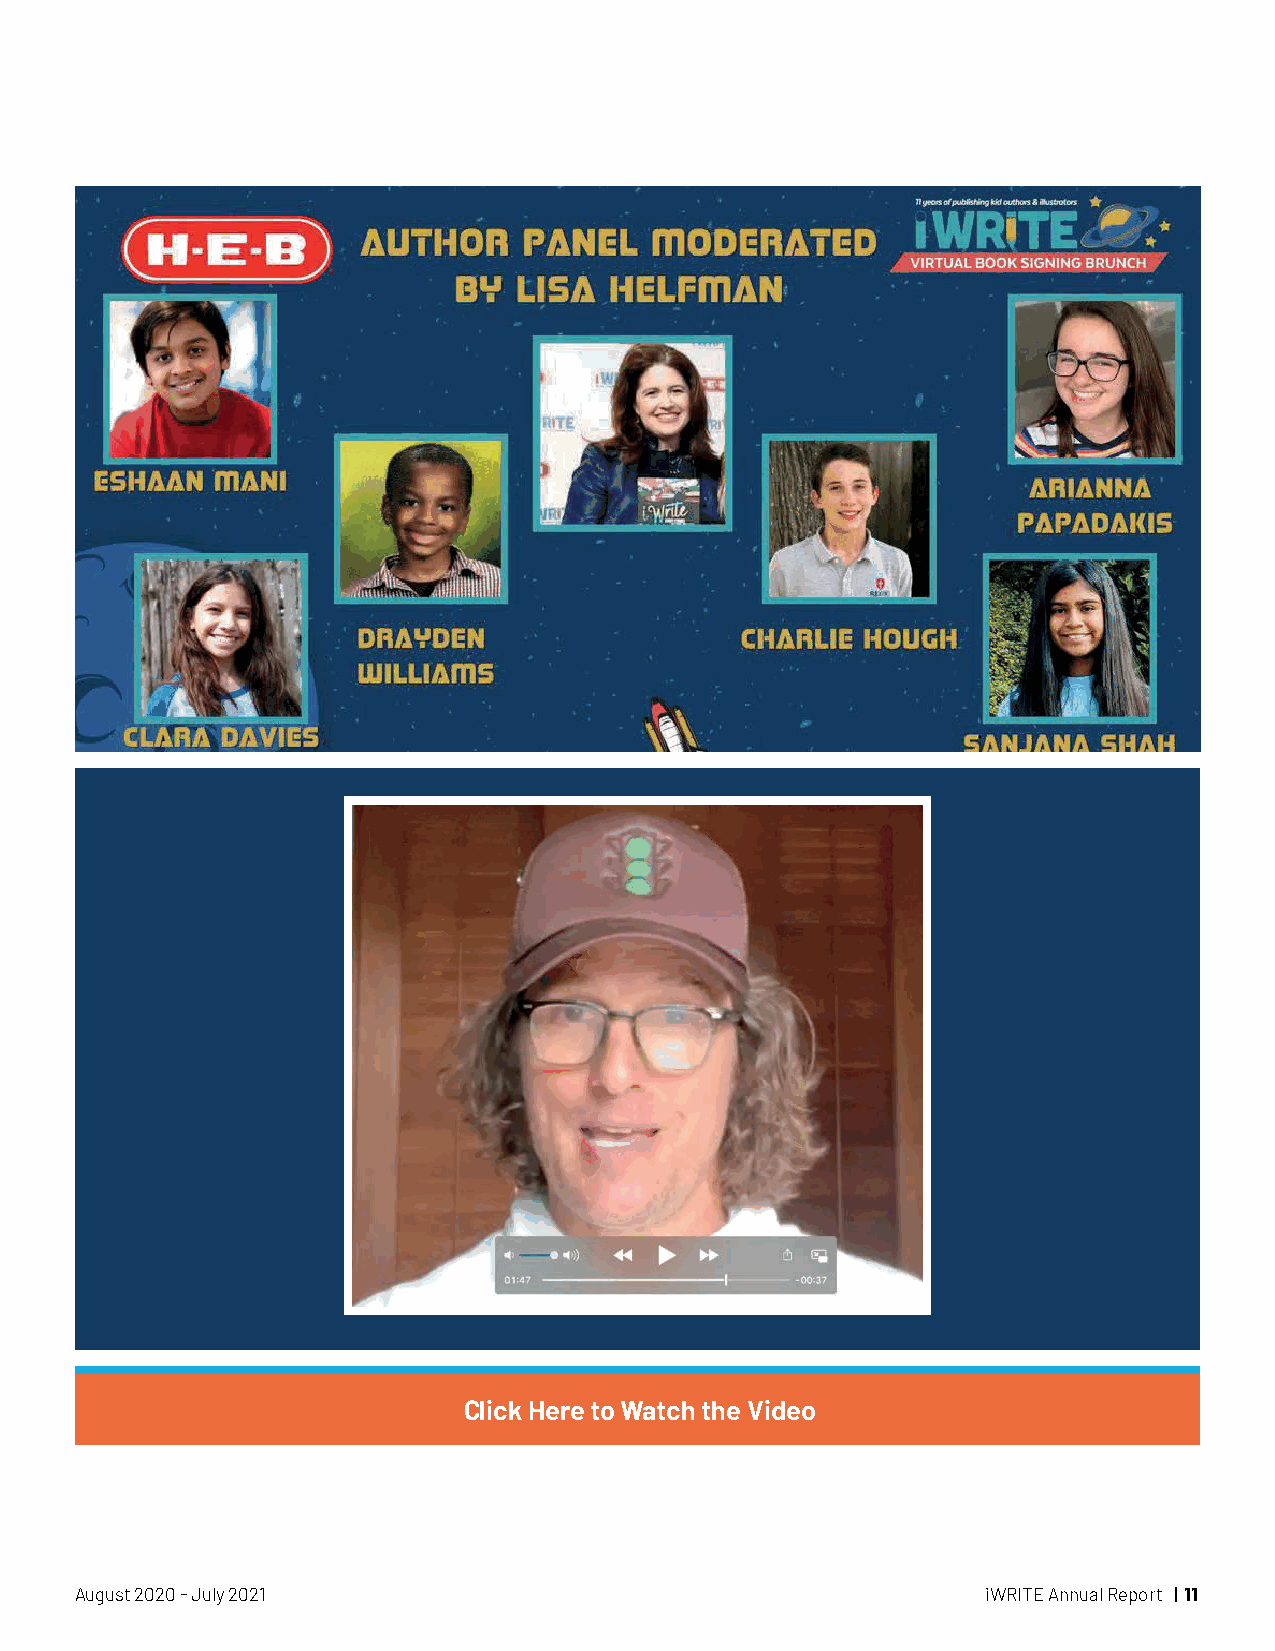
Click Here to Watch the Video
 August 2020 - July 2021                                     iWRITE Annual Report | 11